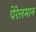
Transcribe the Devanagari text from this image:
पेरेलमान